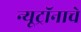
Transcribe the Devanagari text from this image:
न्यूट्रॉनाचे